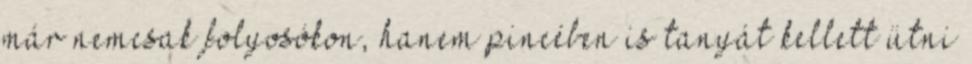
már nemcsak folyosókon, hanem pincében is tanyát kellett ütni